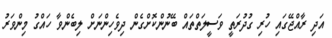
އަދި ރާއްޖޭގައި ހުރި ގުދުރަތީ ވަސީލަތްތައް ބޭނުންކޮށްގެން ދިވެހިންނަށް ލިބެންވާ ހައްގު މިންވަރު